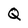
Character: Q